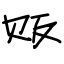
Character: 贩